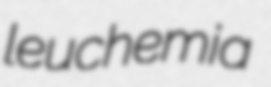
leuchemia